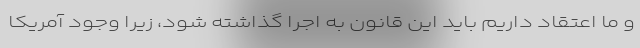
و ما اعتقاد داریم باید این قانون به اجرا گذاشته شود، زیرا وجود آمریکا